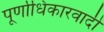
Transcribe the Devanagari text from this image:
पूर्णाधिकारवादी